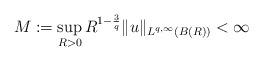
LaTeX: \begin{align*}M:=\sup\limits_{R>0} R^{1-\frac 3q}\|u\|_{L^{q,\infty}(B(R))}<\infty\end{align*}